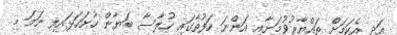
އަދި އެކަމަށް ތައްޔާރުވުމަށާއި އަންނަ ހަފުތާގައި ހުލާސާ ބަޔާން ހުށަހަޅައިފި ނަމަ މި